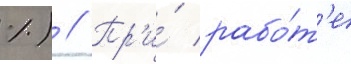
%) // Пр'и́ рабо́т'е